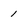
Character: 1